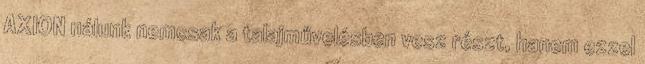
AXION nálunk nemcsak a talajművelésben vesz részt, hanem ezzel